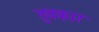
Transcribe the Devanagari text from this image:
तुवकार